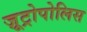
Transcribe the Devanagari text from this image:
ज़ूट्रोपोलिस